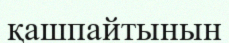
қашпайтынын